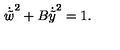
{ \dot { \tilde { w } } } ^ { 2 } + B { \dot { \tilde { y } } } ^ { 2 } = 1 .